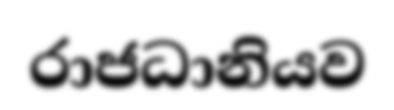
රාජධානියව